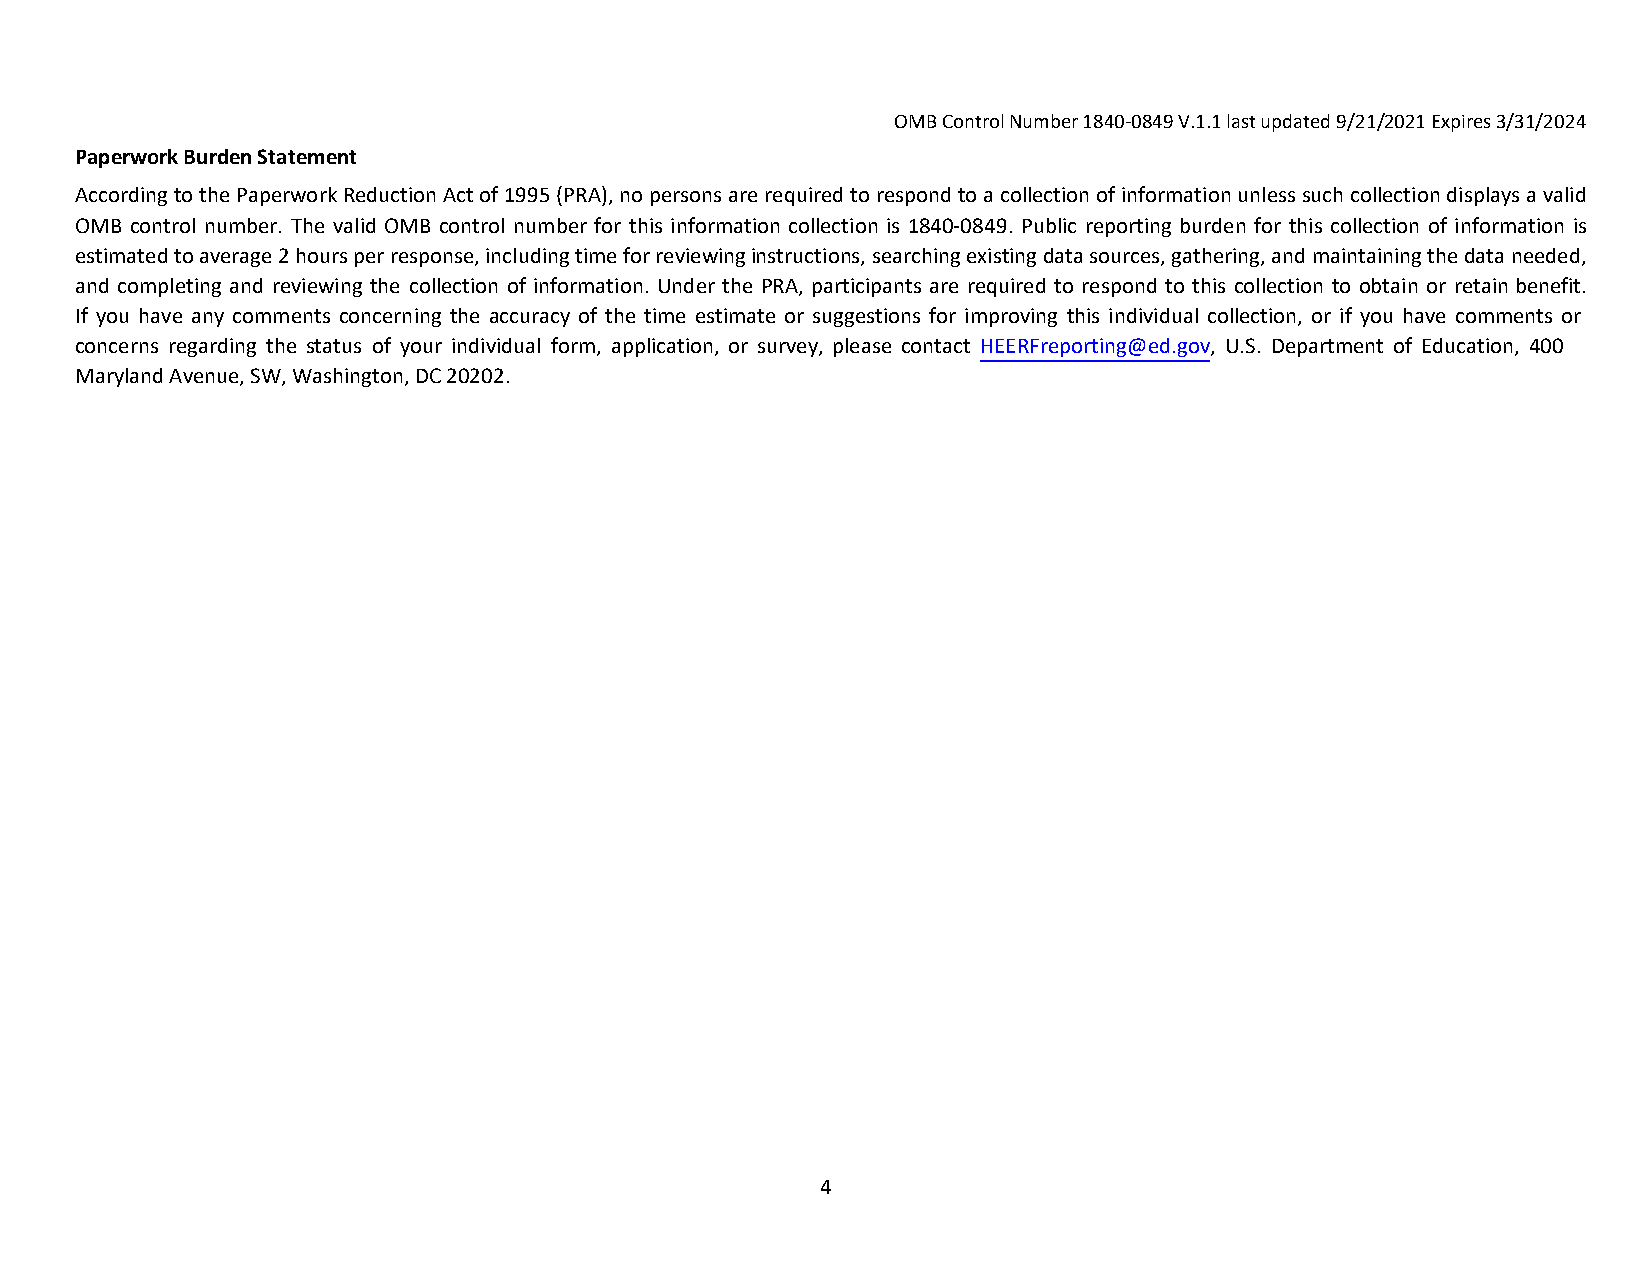
OMB Control Number 1840-0849 V.1.1 last updated 9/21/2021 Expires 3/31/2024
 Paperwork Burden Statement
 According to the Paperwork Reduction Act of 1995 (PRA), no persons are required to respond to a collection of information unless such collection displays a valid
 OMB control number. The valid OMB control number for this information collection is 1840-0849. Public reporting burden for this collection of information is
 estimated to average 2 hours per response, including time for reviewing instructions, searching existing data sources, gathering, and maintaining the data needed,
 and completing and reviewing the collection of information. Under the PRA, participants are required to respond to this collection to obtain or retain benefit.
 If you have any comments concerning the accuracy of the time estimate or suggestions for improving this individual collection, or if you have comments or
 concerns regarding the status of your individual form, application, or survey, please contact HEERFreporting@ed.gov, U.S. Department of Education, 400
 Maryland Avenue, SW, Washington, DC 20202.
 4